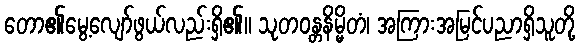
တော၏မွေ့လျော်ဖွယ်လည်းရှိ၏။ သုတဝန္တနိမ္မိတံ၊ အကြားအမြင်ပညာရှိသူတို့